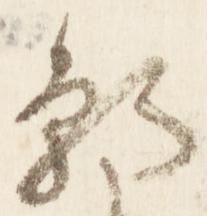
朝